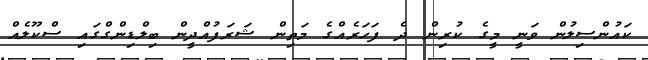
ކައުންސިލުން ވަނީ މީގެ ކުރިން ދެ ފަހަރެއްގެ މަތިން ޝަރަފުއްދީން ބިލްޑިންގްގައި ސްކޫލެއް